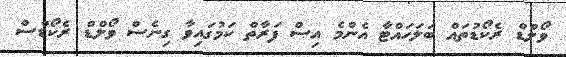
ވޯލްޑް ރެކޯޑުތައް ބަލަހައްޓާ އެންމެ އިސް ފަރާތް ކަމުގައިވާ ގިނެސް ވޯލްޑް ރެކޯޑްސް